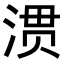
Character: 𭱀